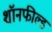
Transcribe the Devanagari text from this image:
शॉनफील्ड